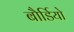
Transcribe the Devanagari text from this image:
बौर्डियो